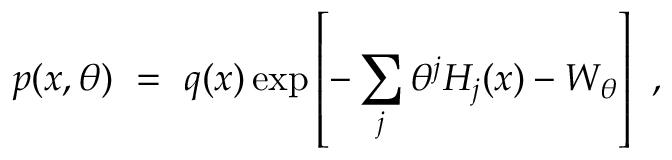
p ( x , \theta ) \ = \ q ( x ) \exp \left[ - \sum _ { j } \theta ^ { j } H _ { j } ( x ) - W _ { \theta } \right] \ ,